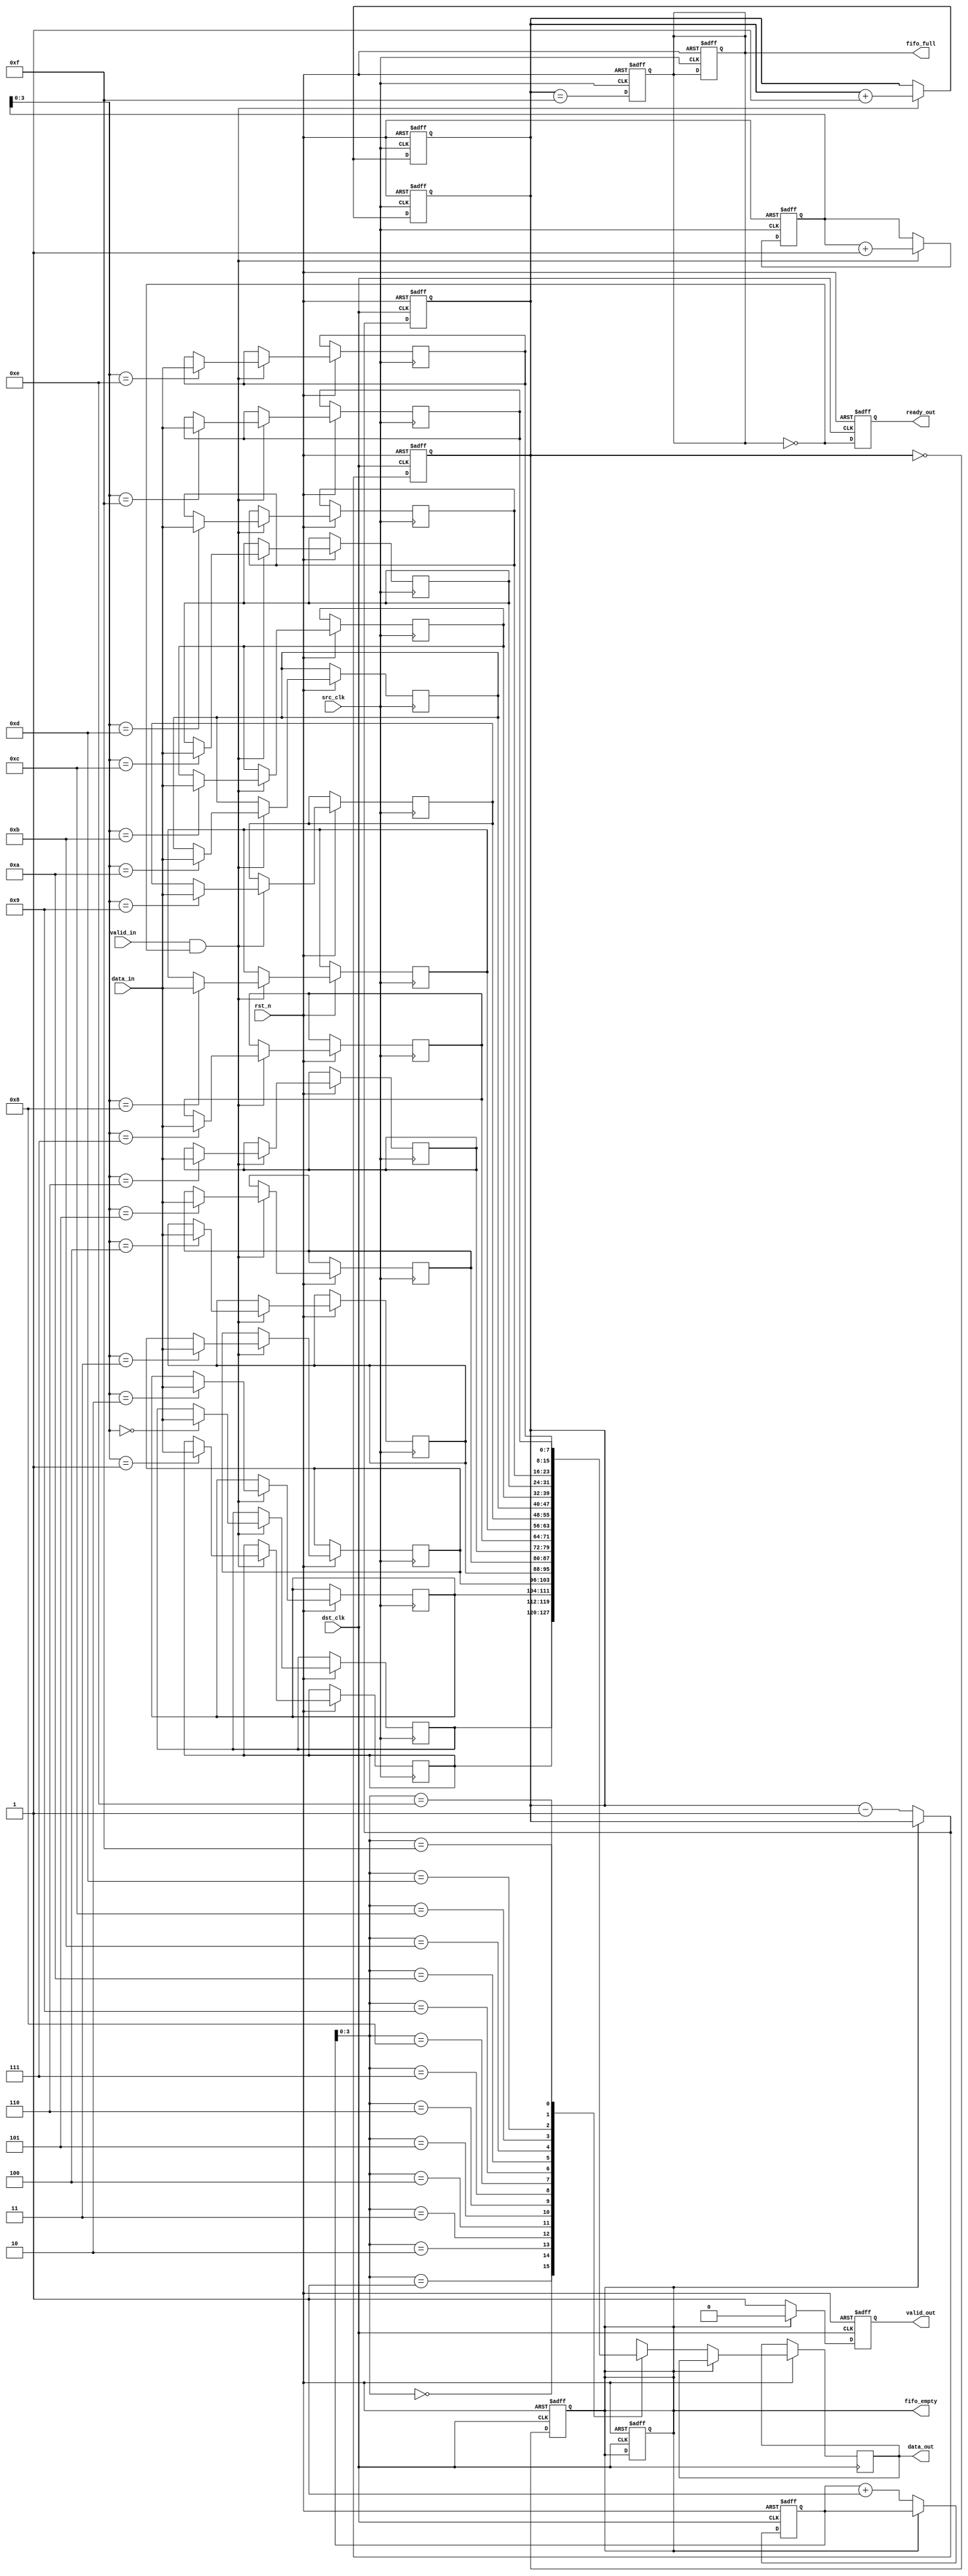
module MemoryBlocksPipelineSynchronizer #(
    parameter DATA_WIDTH = 8,
    parameter FIFO_DEPTH = 16
)(
    input wire src_clk,                   // Source clock
    input wire dst_clk,                   // Destination clock
    input wire rst_n,                     // Active low reset
    input wire [DATA_WIDTH-1:0] data_in, // Data input from upstream
    input wire valid_in,                  // Valid signal for data input
    output reg ready_out,                 // Ready signal for data input
    output reg [DATA_WIDTH-1:0] data_out, // Data output to downstream
    output reg valid_out,                 // Valid signal for data output
    output reg fifo_full,                 // Full flag for FIFO
    output reg fifo_empty                  // Empty flag for FIFO
);

    // FIFO buffer storage
    reg [DATA_WIDTH-1:0] fifo [0:FIFO_DEPTH-1];
    reg [4:0] write_ptr, read_ptr;       // 5 bits for 16 entries
    reg [4:0] fifo_count;                 // Current number of items in FIFO

    // ** Asynchronous Write Logic **
    always @(posedge src_clk or negedge rst_n) begin
        if (!rst_n) begin
            write_ptr <= 5'b0;
            fifo_count <= 5'b0;
            fifo_full <= 1'b0;
        end else begin
            if (valid_in && !fifo_full) begin
                fifo[write_ptr] <= data_in; // Store data
                write_ptr <= write_ptr + 1; // Increment write pointer
                fifo_count <= fifo_count + 1; // Increment count
            end

            // Update full flag
            fifo_full <= (fifo_count == FIFO_DEPTH - 1);
        end
    end

    // ** Asynchronous Read Logic **
    always @(posedge dst_clk or negedge rst_n) begin
        if (!rst_n) begin
            read_ptr <= 5'b0;
            fifo_count <= 5'b0;
            fifo_empty <= 1'b1;
            valid_out <= 1'b0;
            ready_out <= 1'b1; // Ready by default
        end else begin
            if (!fifo_empty) begin
                data_out <= fifo[read_ptr]; // Read data
                read_ptr <= read_ptr + 1; // Increment read pointer
                fifo_count <= fifo_count - 1; // Decrement count
                valid_out <= 1'b1; // Indicate data is valid
            end else begin
                valid_out <= 1'b0; // No valid data to output
            end

            // Update empty flag
            fifo_empty <= (fifo_count == 0);
            // Manage ready signal based on fifo status
            ready_out <= !fifo_full;
        end 
    end

    // FIFO count updates on read/write actions
    always @(posedge src_clk or negedge rst_n) begin
        if (!rst_n) begin
            fifo_count <= 5'b0;
            fifo_full <= 1'b0;
        end else begin
            if (valid_in && !fifo_full) begin
                fifo_count <= fifo_count + 1; // Count for write
            end
        end
    end

    always @(posedge dst_clk or negedge rst_n) begin
        if (!rst_n) begin
            fifo_count <= 5'b0;
            fifo_empty <= 1'b1;
        end else begin
            if (!fifo_empty) begin
                fifo_count <= fifo_count - 1; // Count for read
            end
        end
    end

endmodule